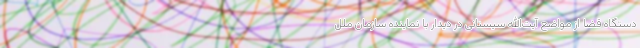
دستگاه قضا از مواضع آیت‌الله سیستانی در دیدار با نماینده سازمان ملل